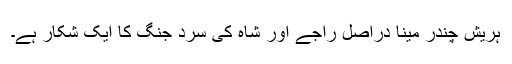
ہریش چندر مینا دراصل راجے اور شاہ کی سرد جنگ کا ایک شکار ہے۔